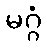
မဂ္ဂံ